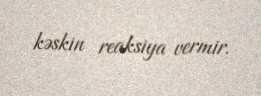
kəskin reaksiya vermir.